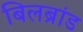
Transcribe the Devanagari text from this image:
बिलब्रांड